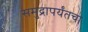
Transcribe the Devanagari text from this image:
समुद्रापर्यंतचा